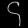
Digit: ၄